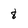
Character: 8